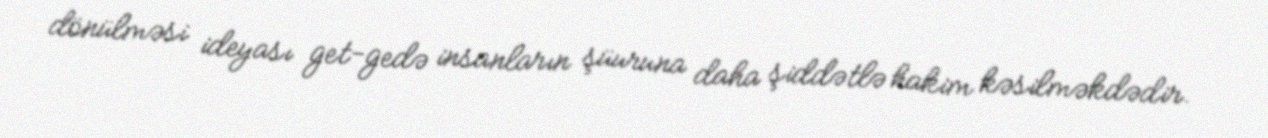
dönülməsi ideyası get-gedə insanların şüuruna daha şiddətlə hakim kəsilməkdədir.